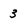
Character: 3